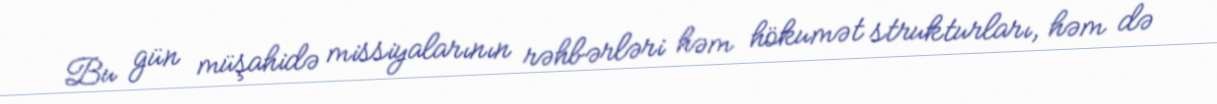
Bu gün müşahidə missiyalarının rəhbərləri həm hökumət strukturları, həm də